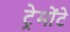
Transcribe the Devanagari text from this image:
ट्रेमोंटे